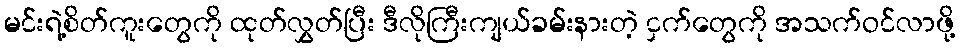
မင်းရဲ့စိတ်ကူးတွေကို ထုတ်လွှတ်ပြီး ဒီလိုကြီးကျယ်ခမ်းနားတဲ့ ငှက်တွေကို အသက်ဝင်လာဖို့